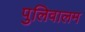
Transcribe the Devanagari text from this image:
पुलिवालम